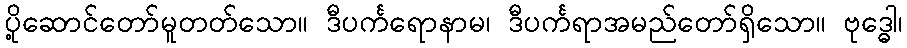
ပို့ဆောင်တော်မူတတ်သော။ ဒီပင်္ကရောနာမ၊ ဒီပင်္ကရာအမည်တော်ရှိသော။ ဗုဒ္ဓေါ၊